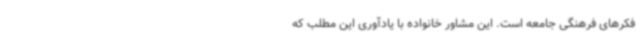
فکرهای فرهنگی جامعه است. این مشاور خانواده با یادآوری این مطلب که